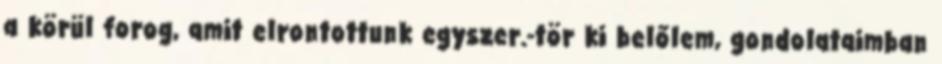
a körül forog, amit elrontottunk egyszer.-tör ki belőlem, gondolataimban